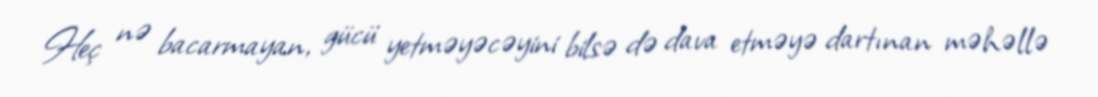
Heç nə bacarmayan, gücü yetməyəcəyini bilsə də dava etməyə dartınan məhəllə